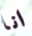
انا